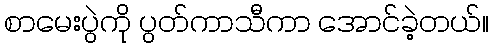
စာမေးပွဲကို ပွတ်ကာသီကာ အောင်ခဲ့တယ်။